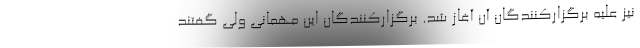
نیز علیه برگزارکنندگان آن آغاز شد. برگزارکنندگان این مهمانی ولی گفتند‌